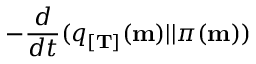
- \frac { d } { d t } ( q _ { [ \mathbf { T } ] } ( \mathbf { m } ) | | \pi ( \mathbf { m } ) )